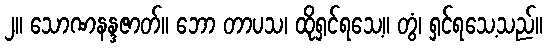
၂။ သောဏနန္ဒဇာတ်။ ဘော တာပသ၊ ထိုရှင်ရသေ့။ တွံ၊ ရှင်ရသေ့သည်။